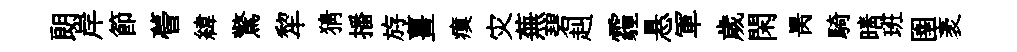
朗岸節瞢緯驚犂猜播斿薑瘼灾蕪碧赳霾悬軍歲閑昺騎晴班圉袤